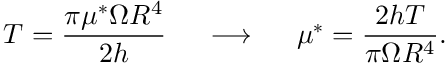
T = \frac { \pi \mu ^ { * } \Omega R ^ { 4 } } { 2 h } ~ ~ ~ ~ \longrightarrow ~ ~ ~ ~ \mu ^ { * } = \frac { 2 h T } { \pi \Omega R ^ { 4 } } .